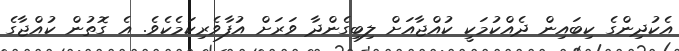
އެކުދިންގެ ކިބައިން ދެއްކުމަކީ ކުއްޖާއަށް ލިބިގެންދާ ވަރަށް އުފާވެރިކަމެކެވެ. އެ ގޮތުން ކުއްޖާގެ